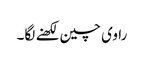
راوی چین لکھنے لگا۔